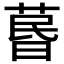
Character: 𦳜